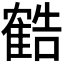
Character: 𬯱